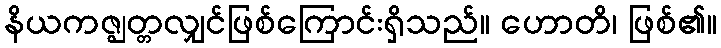
နိယကဇ္ဈတ္တလျှင်ဖြစ်ကြောင်းရှိသည်။ ဟောတိ၊ ဖြစ်၏။